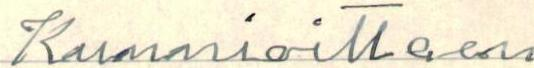
Kunnioittaen